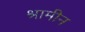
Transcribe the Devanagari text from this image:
श्रामीन